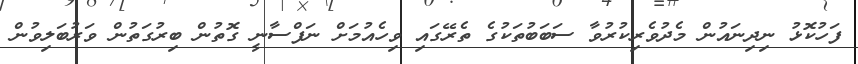
ފަހުކޮޅު ނިދިނައުން މެދުވެރިކުރުވާ ސަބަބުތަކުގެ ތެރޭގައި ވިހެއުމަށް ނަފްސާނީ ގޮތުން ބިރުގަތުން ވަރުބަލިވުން